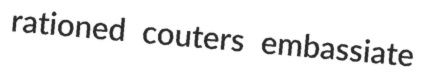
rationed couters embassiate